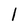
Character: 1